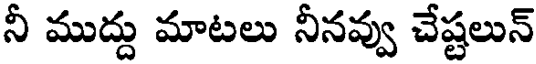
నీ ముద్దు మాటలు నీనవ్వు చేష్టలున్